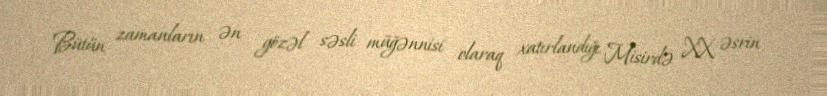
Bütün zamanların ən gözəl səsli müğənnisi olaraq xatırlandığı Misirdə XX əsrin